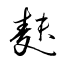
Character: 麩